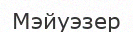
Мэйуэзер